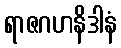
ရာဇဂဟနိဒါနံ